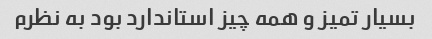
بسیار تمیز و همه چیز استاندارد بود به نظرم